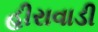
હીરાવાડી